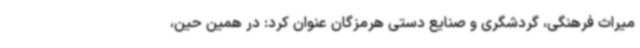
میراث فرهنگی، گردشگری و صنایع دستی هرمزگان عنوان کرد: در همین حین،